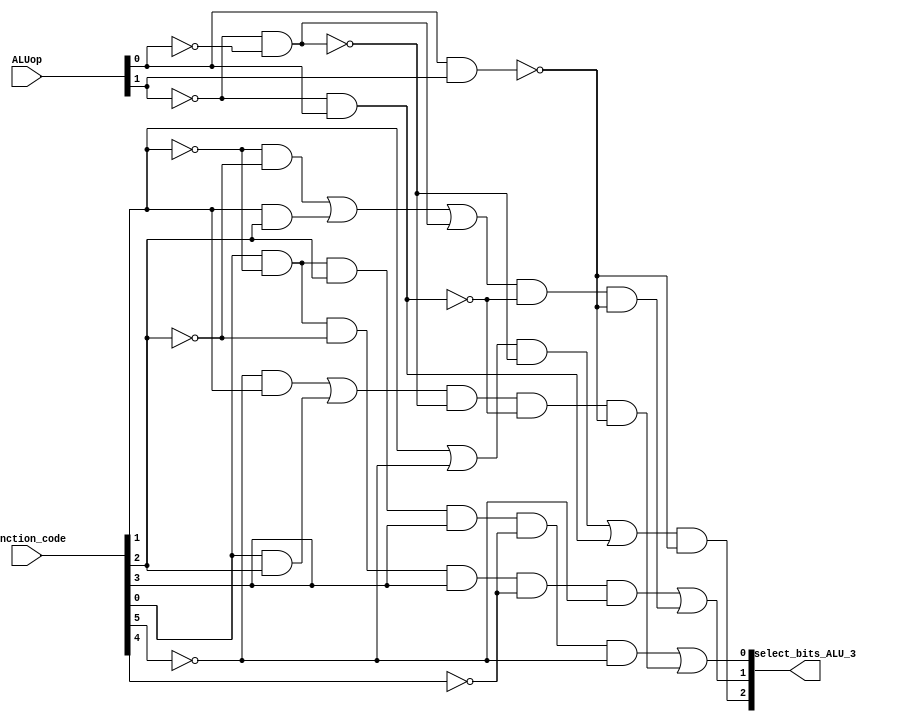
module control_unit(select_bits_ALU_3, ALUop, function_code);

input [1:0] ALUop;
input [5:0] function_code;
output [2:0] select_bits_ALU_3;
wire cable,cable2,cable3,cable4,cable5,cable7,cable8,cable10;

wire [2:0] select_bits_ALU;
wire [2:0] select_bits_ALU_2;

wire kablo2,oriiiiiiii;
wire rtype,aluselectthird,aluselectsecond,aluselectfirst;
and and_1(rtype, ALUop[1], ~ALUop[0]);

wire lw_sw,i_type_select; // toplama
and and_19(lw_sw, ~ALUop[1], ~ALUop[0]);

wire beq; // cikarma
and and_123(beq, ~ALUop[1], ALUop[0]);


//2. bit
not Not(cable,function_code[5]);
or Or_1(select_bits_ALU[2],function_code[1],cable);

and and_5(select_bits_ALU_2[2], select_bits_ALU[2], ~lw_sw);
or or_5(aluselectthird, select_bits_ALU_2[2], beq);


and and_aluop(i_type_select,ALUop[0],ALUop[1]);

and and34343(select_bits_ALU_3[2],aluselectthird,~i_type_select);


//1.bit
not Not_1(cable2,function_code[1]);
not Not_2(cable3,function_code[2]);

and And_1(cable4,cable2,cable3);
and And_2(cable5,function_code[1],function_code[2]);

or Or_2(select_bits_ALU[1],cable4,cable5);

or or_6(select_bits_ALU_2[1], select_bits_ALU[1], lw_sw);
and and_9(aluselectsecond, select_bits_ALU_2[1], ~beq);



and and345(kablo2,aluselectsecond,~i_type_select);
and and32121432(oriiiiiiii,function_code[0],~function_code[1],~function_code[2],function_code[3],~function_code[4],~function_code[5]);
or orsdsoje995(select_bits_ALU_3[1],oriiiiiiii,kablo2);



//0.bit
not Not_4(cable7,function_code[5]);

and And_3(cable8,function_code[0],function_code[2]);
and And_5(cable10,cable7,function_code[1]);

or Or_3(select_bits_ALU[0],cable10,cable8);

and and_7(select_bits_ALU_2[0], select_bits_ALU[0], ~lw_sw);
and and_10(aluselectfirst, select_bits_ALU_2[0], ~beq);



wire andiiiiiiii,kablo;
and anpppppp5(kablo,aluselectfirst,~i_type_select);
and anjsjjsjs(andiiiiiiii,function_code[0],~function_code[1],function_code[2],function_code[3],~function_code[4],~function_code[5]);
or orgateeeee(select_bits_ALU_3[0],andiiiiiiii,kablo);



endmodule